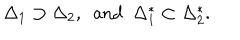
\Delta _ { 1 } \supset \Delta _ { 2 } , \ \ \mathrm { a n d } \ \ \Delta _ { 1 } ^ { * } \subset \Delta _ { 2 } ^ { * } .